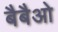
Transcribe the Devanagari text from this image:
बैबैओ